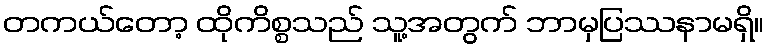
တကယ်တော့ ထိုကိစ္စသည် သူ့အတွက် ဘာမှပြဿနာမရှိ။